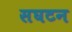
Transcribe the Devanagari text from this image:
सघटन